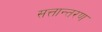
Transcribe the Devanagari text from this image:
सत्तान्तरण